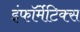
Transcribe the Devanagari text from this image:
इंफॉर्मेटिक्स